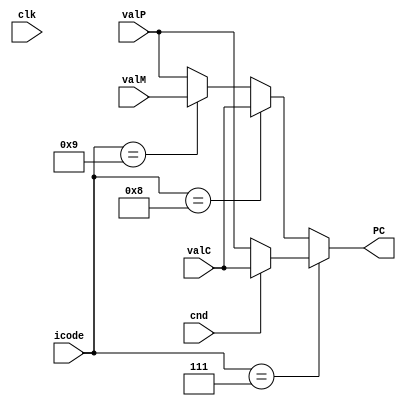
module pcupdate(clk,valP,valC,valM,cnd,icode,PC);
input clk,cnd;
input [3:0] icode;
input [63:0] valP,valC,valM;
output reg[63:0] PC;

always@(*)
begin
    if (icode == 4'b0111) //Jump
    begin
        if(cnd)
        PC = valC;
        else 
        PC = valP;
    end

    else if (icode == 4'b1000) //Call
    PC = valC;

    else if(icode == 4'b1001) //Return
    PC = valM;

    else // Rest all instructions
    PC = valP;

end
endmodule